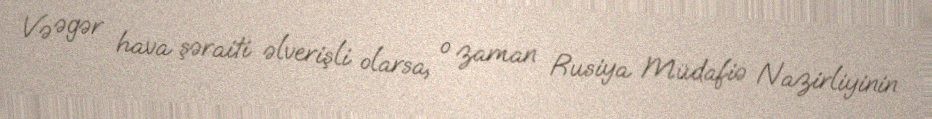
Və əgər hava şəraiti əlverişli olarsa, o zaman Rusiya Müdafiə Nazirliyinin